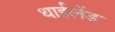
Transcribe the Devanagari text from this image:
थाईलेंड